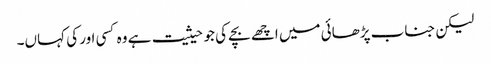
لیکن جناب پڑھائی میں اچھے بچے کی جو حیثیت ہے وہ کسی اور کی کہاں۔